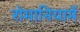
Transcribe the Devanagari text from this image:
रोमानियामें